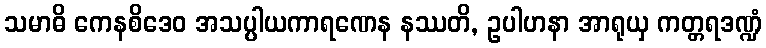
သမာဓိ ကေနစိဒေဝ အသပ္ပါယကာရဏေန နဿတိ, ဥပါဟနာ အာရုယှ ကတ္တရဒဏ္ဍံ